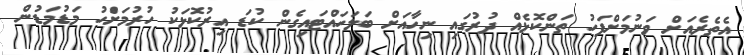
އެތެރެއަށް ވަނުމަށްފަހު ތަންކޮޅެއް ދުުރުގައި ނިހާއަށް ބަލަހައްޓައިގެން ކުޑަ އިރުކޮޅަކު ހުރުމަށްަހު މަޑުމަޑުން